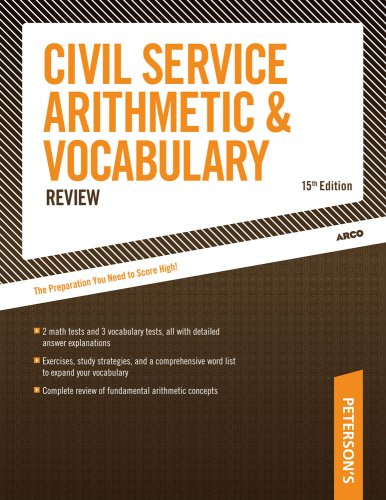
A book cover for Civil Service Arithmetic & Vocab, 15 E (Arco Civil Service Arithmetic & Vocabulary); Arco; Test Preparation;